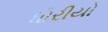
ધોરીયો